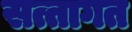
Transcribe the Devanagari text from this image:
सत्तागत